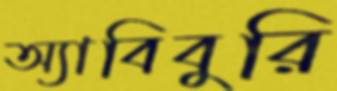
অ্যাবিবুরি